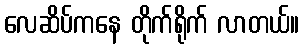
လေဆိပ်ကနေ တိုက်ရိုက် လာတယ်။